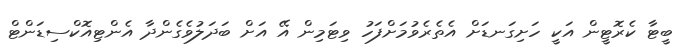
ބީޓާ ކެރޮޓީން އަކީ ހަށިގަނޑަށް އެތެރެވުމަށްފަހު ވިޓަމިން އޭ އަށް ބަދަލުވެގެންދާ އެންޓިއޮކްސިޑަންޓް